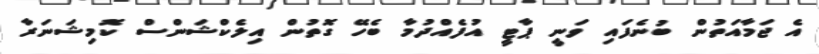
އެ ޖަމާއަތުން ބުނެފައި ވަނީ ޕާޓީ އުފެއްދުމާ ބެހޭ ގޮތުން އިލެކްޝަންސް ކޮމިޝަނަރާ